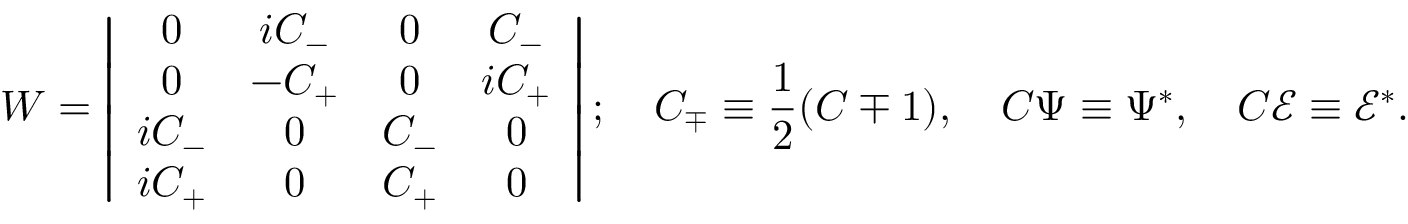
W = \left| \begin{array} { c c c c } { { 0 } } & { { i C _ { - } } } & { { 0 } } & { { C _ { - } } } \\ { { 0 } } & { { - C _ { + } } } & { { 0 } } & { { i C _ { + } } } \\ { { i C _ { - } } } & { { 0 } } & { { C _ { - } } } & { { 0 } } \\ { { i C _ { + } } } & { { 0 } } & { { C _ { + } } } & { { 0 } } \end{array} \right| ; \quad C _ { \mp } \equiv \frac 1 2 ( C \mp 1 ) , \quad C \Psi \equiv \Psi ^ { * } , \quad C \mathcal { E } \equiv \mathcal { E } ^ { * } .